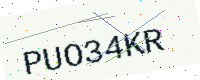
Text: PUO34KR